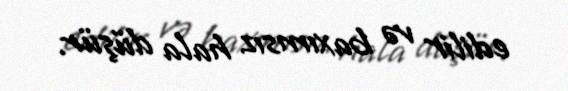
edilir və baxımsız hala düşür.